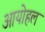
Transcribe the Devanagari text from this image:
आयोहल